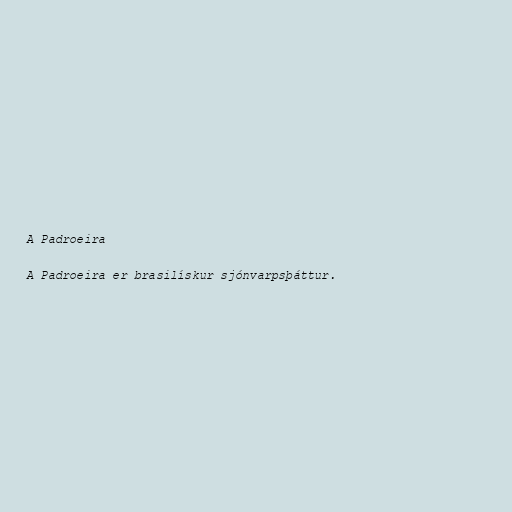
A Padroeira

A Padroeira er brasilískur sjónvarpsþáttur.